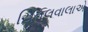
ચિતલવાલાએ